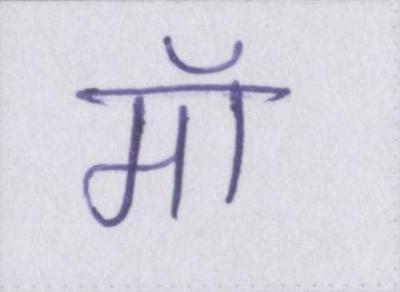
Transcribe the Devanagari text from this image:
मॉ